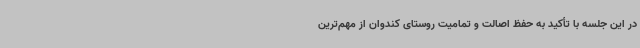
در این جلسه با تأکید به حفظ اصالت و تمامیت روستای کندوان از مهم‌ترین